Vaccination in Bombay 1863-1868 - 1863-1868
Year: 1863
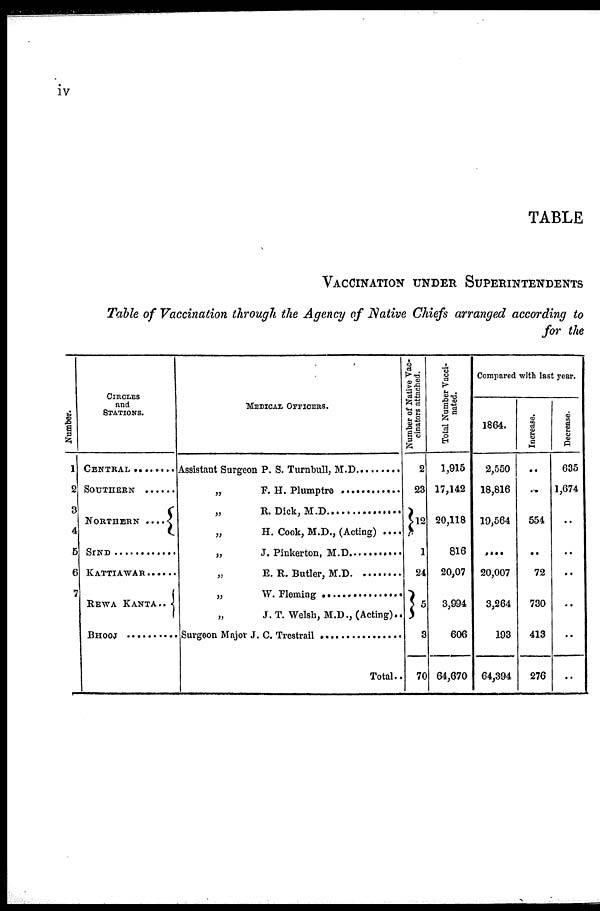
iv
TABLE
VACCINATION UNDER SUPERINTENDENTS
Table of Vaccination through the Agency of Native Chiefs arranged according to
for the
Number.
1
2
3
4
5
6
7
CIRCLES
and
STATIONS.
CENTRAL ..............
SOUTHERN ...........
NORTHERN ....
SIND ......................
KATTIAWAR .......
REWA KANTA ..
BHOOJ ...................
MEDICAL OFFICERS.
Assistant Surgeon P.S. Turnbull, M.D. ...........
„ F.H. Plumptre .............................
„ R. Dick, M.D. ..............................
„
H. Cook, M.D., (Acting) ....
„ J. Pinkerton, M.D. .........................
„
E. R. Butler, M . D . .......................
„ W. Fleming ...................................
„
J. T. Welsh, M.D., (Acting)..
Surgeon Major J. C. Trestrail ........................
Total..
Number of Native Vac-
cinators attached.
2
23
12
1
24
5
3
70
Total Number Vacci-
nated.
1,915
17,142
20,118
816
20,07
3,994
606
64,670
Compared with last year.
1864.
2,550
18,816
19,564
....
20,007
3,264
193
64,394
Increase.
..
..
554
..
72
730
413
276
Decrease.
635
1,674
..
..
..
..
..
..